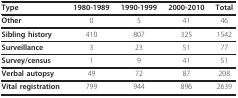
<table><thead><tr><td><b>Type</b></td><td><b>1980-1989</b></td><td><b>1990-1999</b></td><td><b>2000-2010</b></td><td><b>Total</b></td></tr></thead><tbody><tr><td><b>Other</b></td><td>0</td><td>5</td><td>41</td><td>46</td></tr><tr><td><b>Sibling history</b></td><td>410</td><td>807</td><td>325</td><td>1542</td></tr><tr><td><b>Surveillance</b></td><td>3</td><td>23</td><td>51</td><td>77</td></tr><tr><td><b>Survey/census</b></td><td>1</td><td>9</td><td>41</td><td>51</td></tr><tr><td><b>Verbal autopsy</b></td><td>49</td><td>72</td><td>87</td><td>208</td></tr><tr><td><b>Vital registration</b></td><td>799</td><td>944</td><td>896</td><td>2639</td></tr></tbody></table>